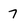
Character: 7